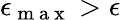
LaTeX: \epsilon_{\mathrm{~m~a~x~}}>\epsilon